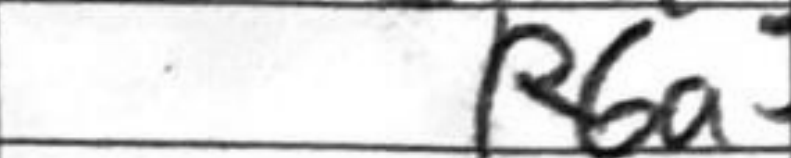
Transcription: R6a5